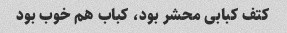
کتف کبابی محشر بود، کباب هم خوب بود